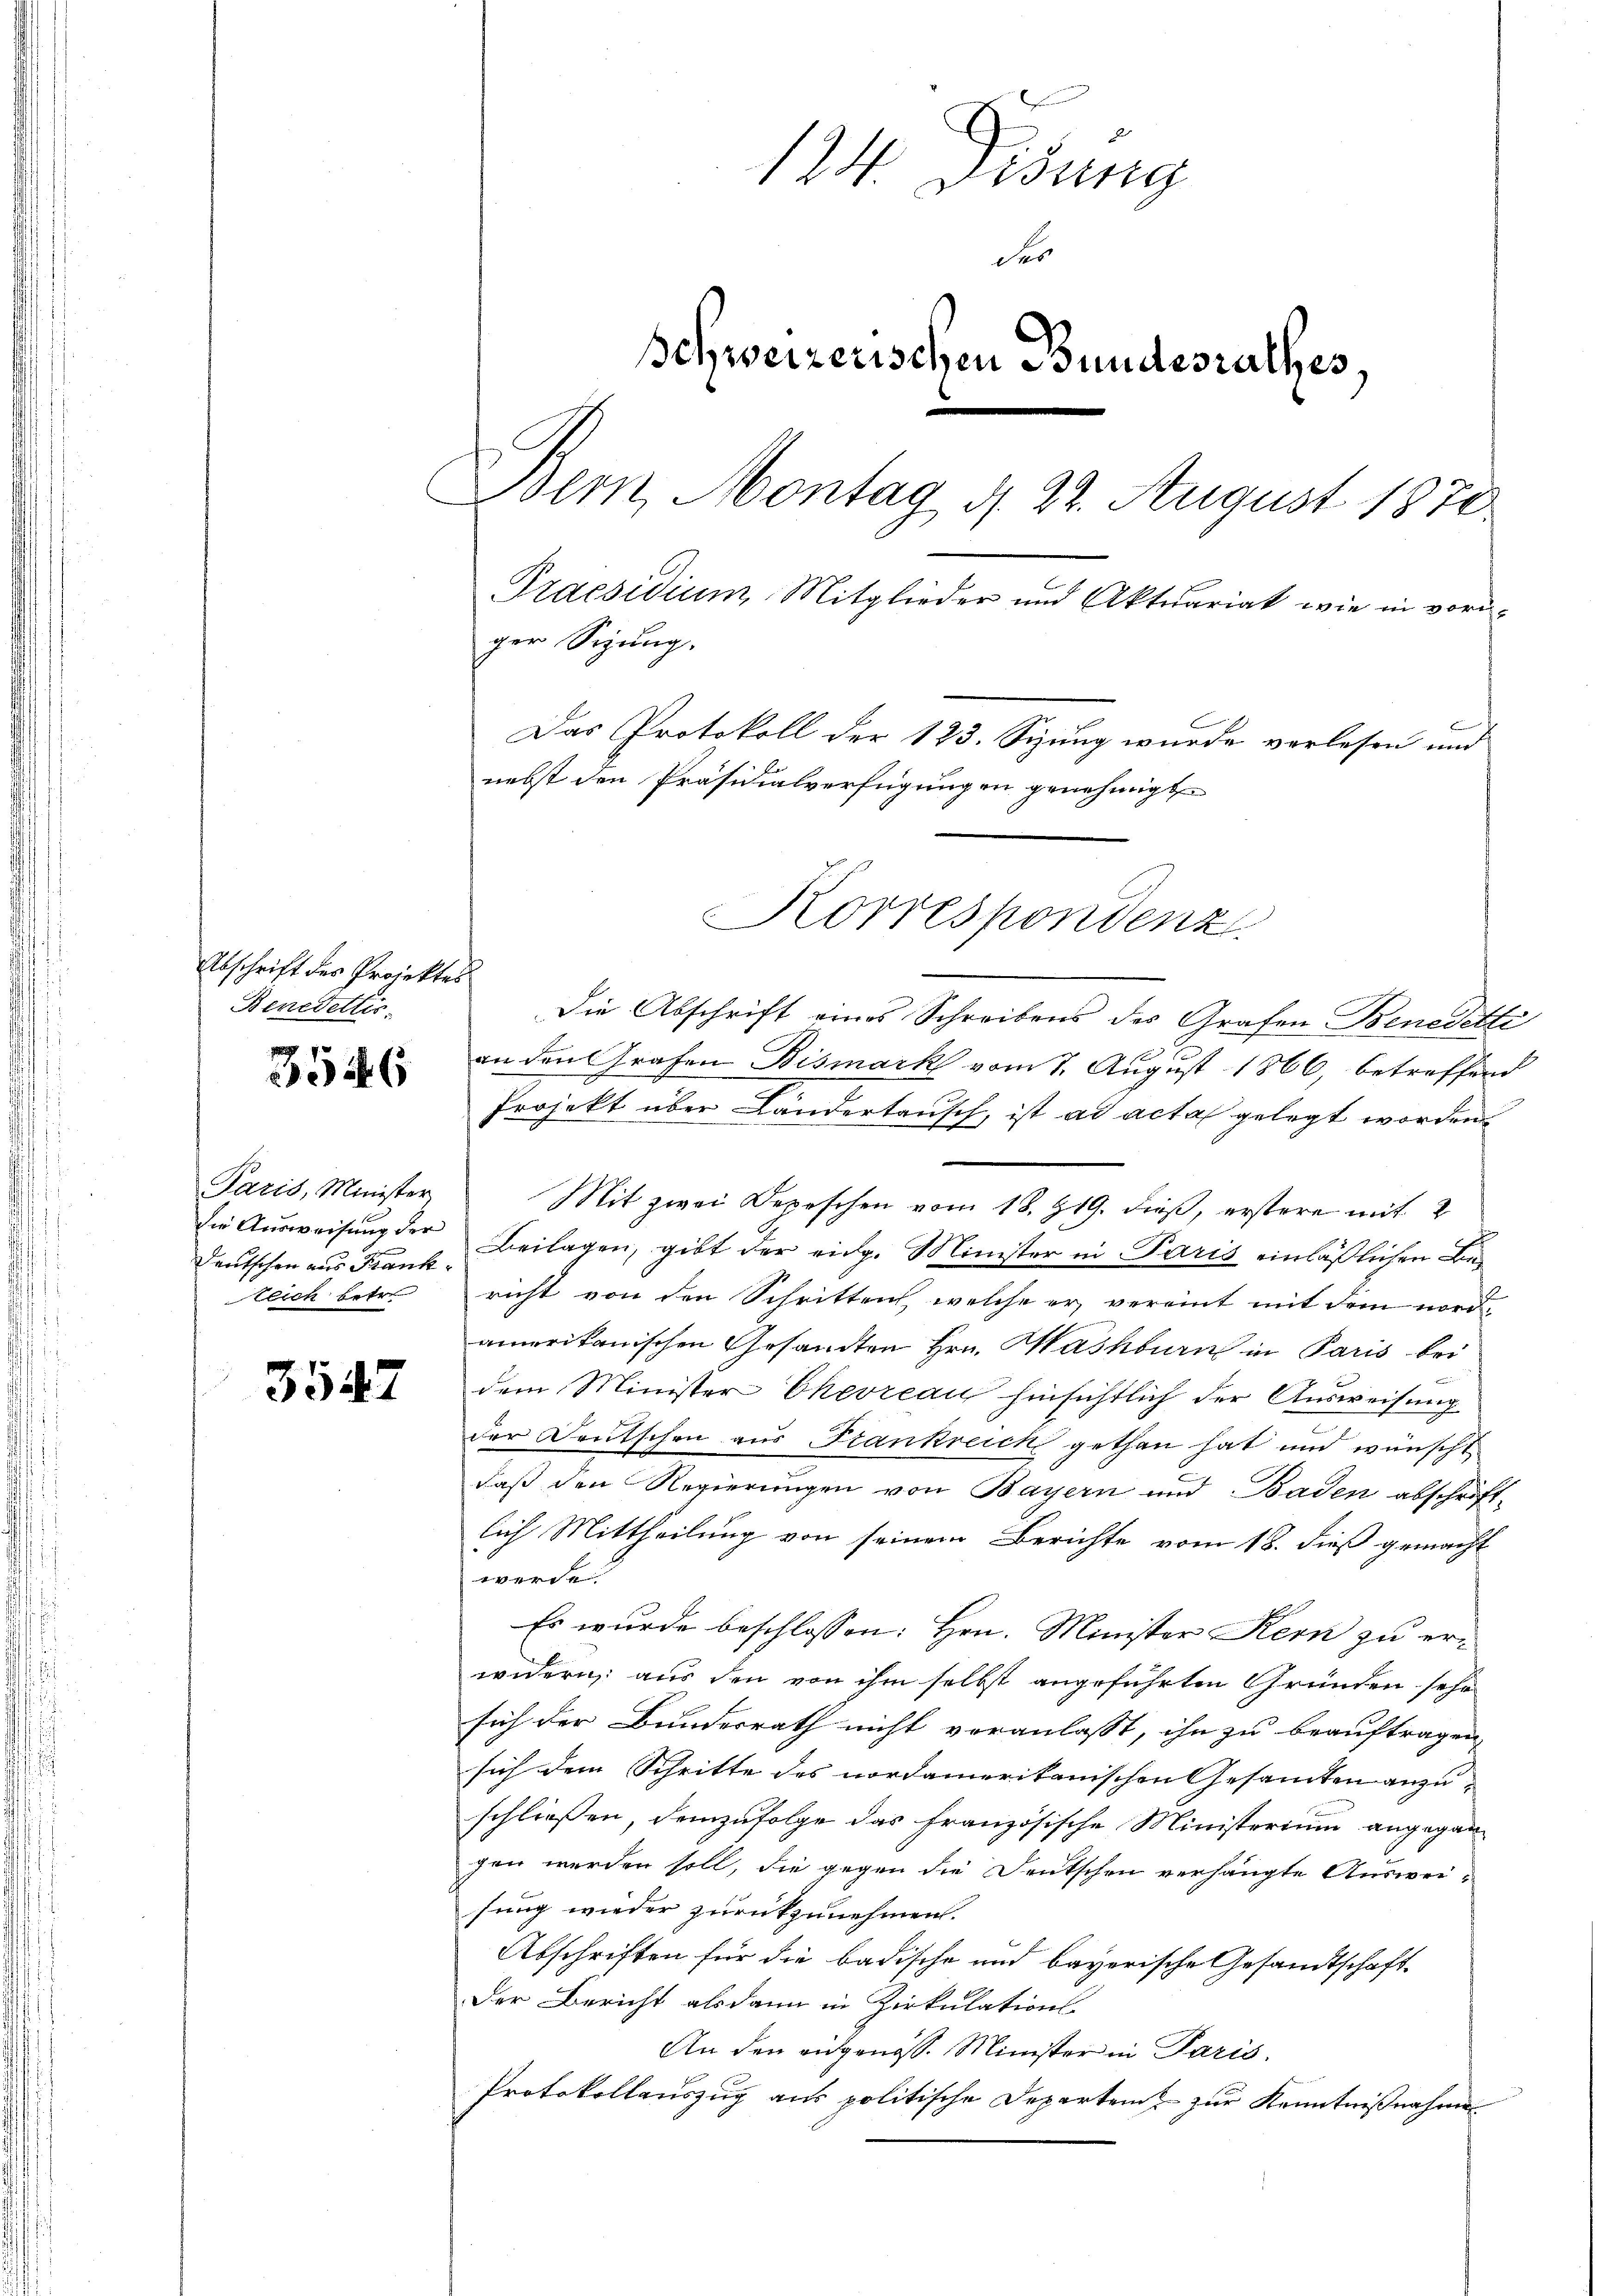
Abschrift des Projektes
Benedeltis.

354. 6

Paris, Minister
Deutschen aus Frankzeich betr.

3547

124. Disung
der
Schweizerischen Bundesrathes,
Bem, Montag 4 22. August 1870.
Praesidium Mitglieder und Aktuariak, wie in voriger Sigung.
Das Protokoll der 123. Sizung wurde verlesen und
nebst den Präsidialverfügungen genehmigt
Korrespondenz.

Die Abschrift eines Schreibens des Grafen Benedetti
 f 1
an den Grafen Bismark vom 7. August 1866, betreffend
Projekt über Ländertausch, ist ad acta gelegt worden.
Mit zwei Depeschen vom 18. 819. dieß, erstere mit 2
die Aŭsweisŭng der Beilagen, gibt der eidg. Minister in Paris einläßlichen Bericht von den Schritten, welche er vereint mit dem nordamerikanischen Gesandten Hrn. Hashburn in Paris bei
dem Minister Chevreau hinsichtlich der Ausweisung
der Deutschen aus Frankreich gethan hat und wünscht
daß den Regierungen von Bayern und Baden abschrift-
lich Mittheilung von seinem Berichte vom 18. dieß gemacht
e
Es wurde beschlossen: Hrn. Minister Kern zu erwidern aus den von ihm selbst angeführten Gründen sehr
sich der Bundesrath nicht veranlasst, ihn zu beauftragen.
sich dem Schritte des nordamerikanischen Gesamten anzuschliessen, demzufolge das französische Ministerium angegangen werden soll, die gegen die Deutschen verhängte Ausweisung wieder zurückzunehmen.
Abschriften für die badische und bayerische Gesandtschaft-
Der Bericht alsdann in Zirkulations
An den eidgenöss. Minister in Paris
Protokollauszug aus politische Departei zur Kenntnißnahme